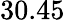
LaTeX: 30.45